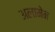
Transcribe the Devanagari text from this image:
अलामेन